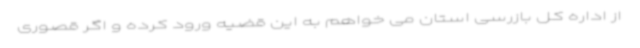
از اداره کل بازرسی استان می خواهم به این قضیه ورود کرده و اگر قصوری